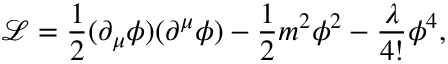
{ \mathcal { L } } = { \frac { 1 } { 2 } } ( \partial _ { \mu } \phi ) ( \partial ^ { \mu } \phi ) - { \frac { 1 } { 2 } } m ^ { 2 } \phi ^ { 2 } - { \frac { \lambda } { 4 ! } } \phi ^ { 4 } ,